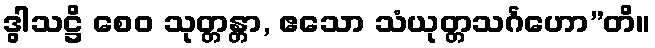
ဒွါသဋ္ဌိ စေဝ သုတ္တန္တာ, ဧသော သံယုတ္တသင်္ဂဟော”တိ။